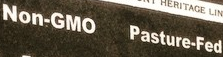
Non-GMO Pasture-Fed